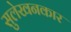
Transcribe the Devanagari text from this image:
सुलेखनकार